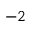
^ { - 2 }